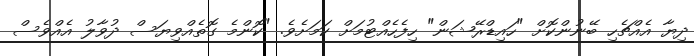
ދިޔާ އެއްޗެހި ބޭނުންކޮށް "ހައިޑްރޭޝަން" ހިފެހެއްޓުމަށް ކަމަށެވެ. "ކޮންމެ ގޮތެއްވިޔަސް ދުވާލު އެއްވެސް